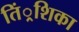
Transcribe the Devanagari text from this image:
तिं्रशिका